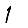
Digit: 1